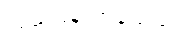
လှည့်ပြန်လာခဲ့သည်။